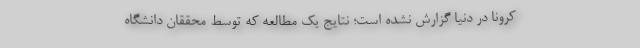
کرونا در دنیا گزارش نشده است؛ نتایج یک مطالعه که توسط محققان دانشگاه